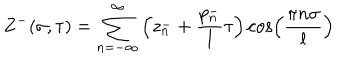
LaTeX: Z ^ { - } ( \sigma , \tau ) = \sum _ { n = - \infty } ^ { \infty } \left( z _ { n } ^ { - } + \frac { p _ { n } ^ { - } } { l } \tau \right) \cos \left( \frac { \pi n \sigma } { l } \right)